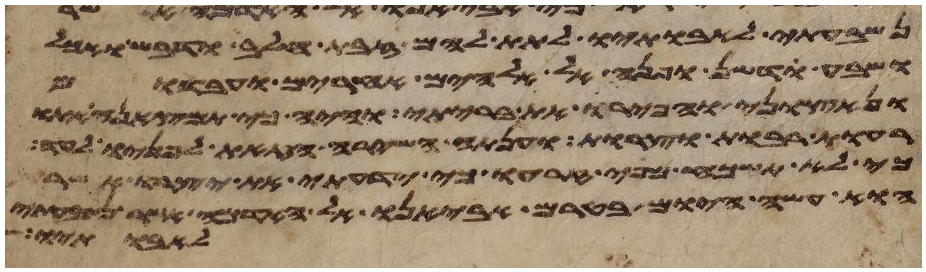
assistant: נשבעתי לאבתיו לתת להם זבת חלב ודבש ואכל
ושבע ודשן ופנה אל אלהים אחרים ועבדום
ונאצוני והפרו את בריתי והיה כי תמצאנה אתו
רעות רבות וצרות וענתה השירה הזאת לפניו לעד
כי לא תשכח מפי זרעו כי ידעתי את יצרו אשר
הוא עשה היום בטרם אביאנו אל האדמה אשר
אבותיו